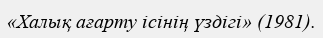
«Халық ағарту ісінің үздігі» (1981).